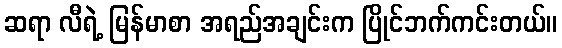
ဆရာ လီရဲ့ မြန်မာစာ အရည်အချင်းက ပြိုင်ဘက်ကင်းတယ်။